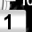
Digit: 1